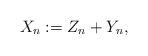
LaTeX: \begin{align*}X_n:=Z_n+Y_n,\end{align*}